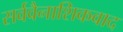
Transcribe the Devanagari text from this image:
सर्ववैनाशिकवाद